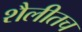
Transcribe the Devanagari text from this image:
शैलीतच